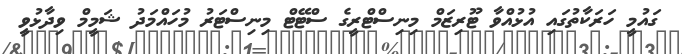
ގައުމީ ހަރަކާތުގައި އުޅުއްވާ ޓޫރިޒަމް މިނިސްޓްރީގެ ސްޓޭޓް މިނިސްޓަރު މުހައްމަދު ޝަމީމް ވިދާޅުވީ